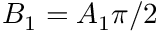
B _ { 1 } = A _ { 1 } \pi / 2